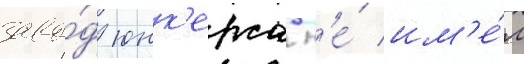
заво́д юнк'ерса н'е́ им'е́л